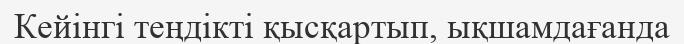
Кейінгі теңдікті қысқартып, ықшамдағанда